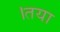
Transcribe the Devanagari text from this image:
।तया